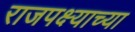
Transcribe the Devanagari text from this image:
राजपक्ष्याच्या